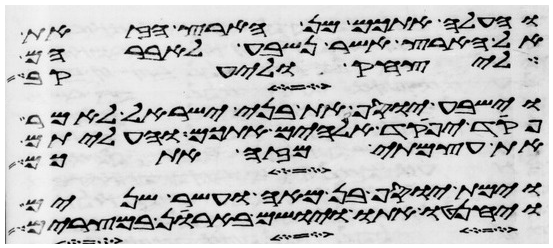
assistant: והעלה אתכם מן הארץ הזאת
אל הארץ אשר נשבע לאברהם
ליצחק וליעקב
וישביע יוסף את בני ישראל לאמר
פקד יפקד אלהים אתכם והעליתם
את עצמתי מזה אתכם
וימת יוסף בן מאה ועשר שנים
ויחנטו אתו ויושם בארן במצרים